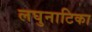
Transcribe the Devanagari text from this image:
लघुनाटिका